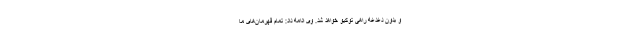
و بدون دغدغه راهی توکیو خواهد شد. وی ادامه داد: تمام قهرمان‌های ما